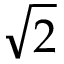
\sqrt { 2 }